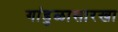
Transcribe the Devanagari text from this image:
गांडुळासारखा